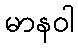
မာနဝါ